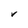
Character: V